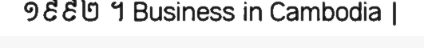
១៩៩២ ។ Business in Cambodia |